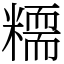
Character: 糥